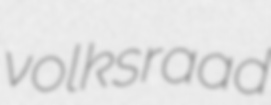
volksraad